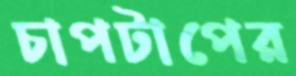
চাপটাপের